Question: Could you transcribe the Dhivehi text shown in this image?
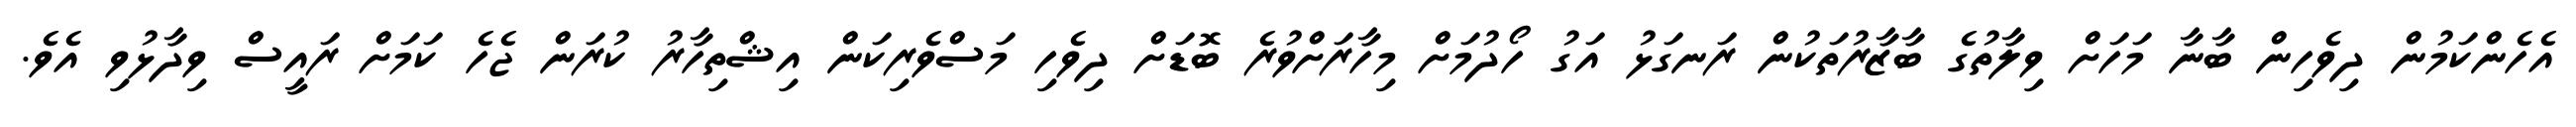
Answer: އެހެންކަމުން ދިވެހިން ބާނާ މަހަށް ވިލާތުގެ ބާޒާރުތަކުން ރަނގަޅު އަގު ހޯދުމަށް މިހާރަށްވުރެ ބޮޑަށް ދިވެހި މަސްވެރިކަން އިޝްތިހާރު ކުރަން ޖެހެ ކަމަށް ރައީސް ވިދާޅުވި އެވެ.